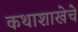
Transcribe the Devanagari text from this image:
कथाशाखेचे